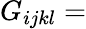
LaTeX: G_{ijkl}=